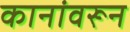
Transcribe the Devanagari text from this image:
कानांवरून